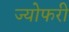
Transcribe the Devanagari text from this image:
ज्योफरी